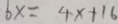
6 x = 4 x + 1 6